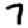
Digit: 7